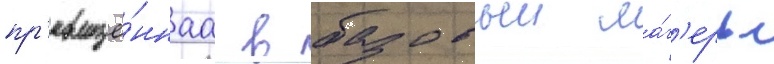
пр'евращё́ннаа в базовыи ла́г'ерь